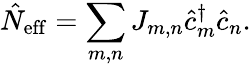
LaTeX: \hat{N}_{\mathrm{eff}}=\sum_{m,n}J_{m,n}\hat{c}_{m}^{\dagger}\hat{c}_{n}.